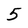
Character: 5